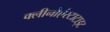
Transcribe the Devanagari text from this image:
क्लीनोएंस्टाटाइट